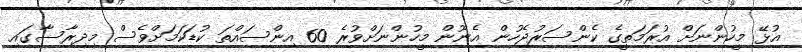
އުޅޭ މީހުންނަށް އުރަމަތީގެ ކެންސަރުޖެހުން އެނޫން މީހުންނަށްވުރެ 60 އިންސައްތަ ކުޑަކަމަށްވެސް މިދިރާސާގައި